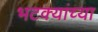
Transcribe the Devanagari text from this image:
भटक्यांच्या